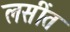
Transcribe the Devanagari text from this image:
लसींत